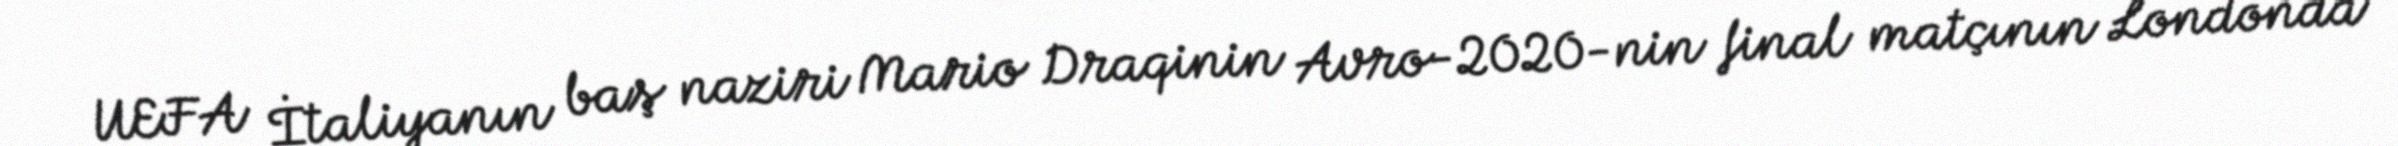
UEFA İtaliyanın baş naziri Mario Draqinin Avro-2020-nin final matçının Londonda